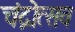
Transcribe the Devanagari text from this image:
चंद्रोत्सव